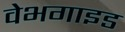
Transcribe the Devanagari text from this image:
वेभगाइड